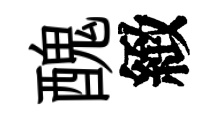
醜緻